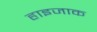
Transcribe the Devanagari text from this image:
हाइजाक